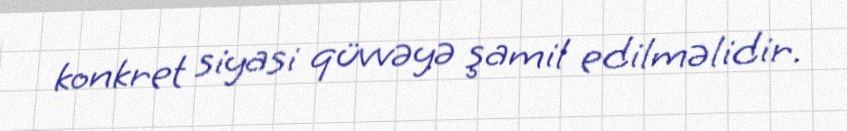
konkret siyasi qüvvəyə şamil edilməlidir.